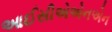
આઈસીએએનએન